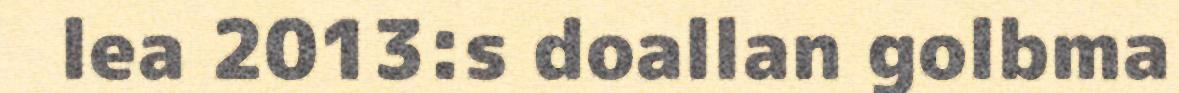
lea 2013:s doallan golbma